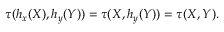
\tau ( h _ { x } ( X ) , h _ { y } ( Y ) ) = \tau ( X , h _ { y } ( Y ) ) = \tau ( X , Y ) .